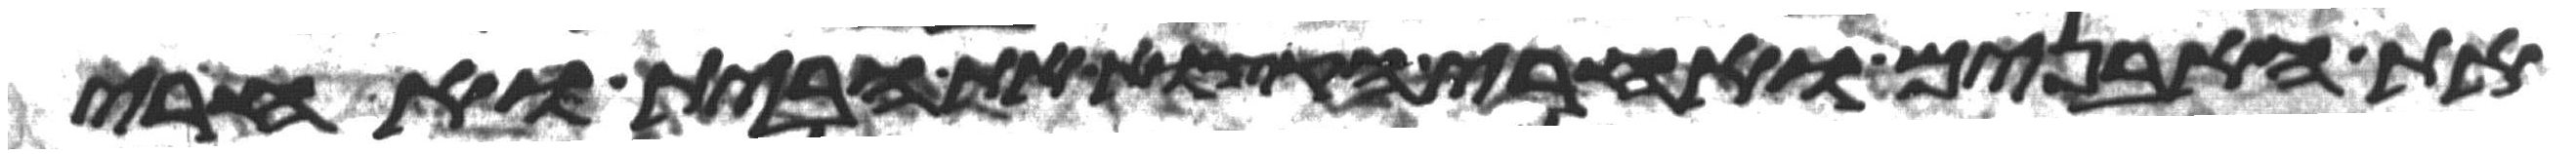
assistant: את האבנים ואחרי הקצות את הבית ואחרי